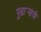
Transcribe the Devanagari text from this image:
पुढार्‍यांची